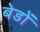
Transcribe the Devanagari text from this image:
बेडों